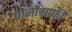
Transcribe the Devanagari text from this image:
पोर्नोग्राफ़ी